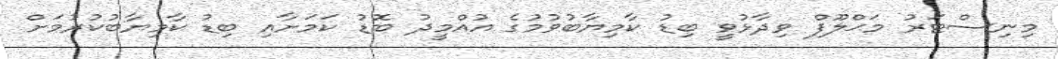
މިނިސްޓަރު މަޙްލޫފް ވިދާޅުވީ ބިޑު ކާމިޔާބުުވުމުގެ އުއްމީދު ބޮޑު ކަމަށާއި ބިޑު ކާމިޔާބުކުރުމަށް